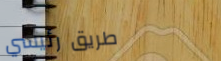
طريق رئيسي